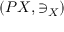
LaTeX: ( P X , \ni _ { X } )